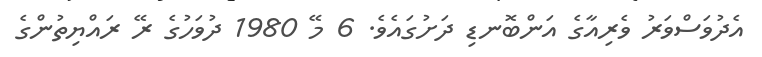
އެދުވަސްވަރު ވެރިއާގެ އަންބޮނޑި ދަށުގައެވެ. 6 މޭ 1980 ދުވަހުގެ ރޭ ރައްޔިތުންގެ